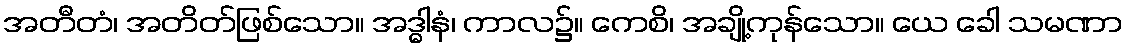
အတီတံ၊ အတိတ်ဖြစ်သော။ အဒ္ဓါနံ၊ ကာလ၌။ ကေစိ၊ အချို့ကုန်သော။ ယေ ခေါ သမဏာ